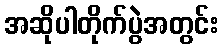
အဆိုပါတိုက်ပွဲအတွင်း